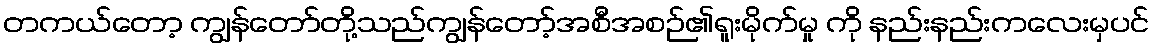
တကယ်တော့ ကျွန်တော်တို့သည်ကျွန်တော့်အစီအစဉ်၏ရူးမိုက်မှု ကို နည်းနည်းကလေးမှပင်